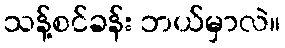
သန့်စင်ခန်း ဘယ်မှာလဲ။